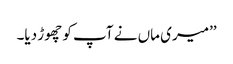
’’میری ماں نے آپ کو چھوڑ دیا۔